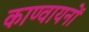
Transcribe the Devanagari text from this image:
काण्वायनों